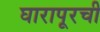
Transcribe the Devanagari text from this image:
घारापूरची